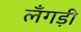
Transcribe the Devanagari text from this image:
लँगड़ी